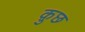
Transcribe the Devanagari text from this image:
क़ुछ